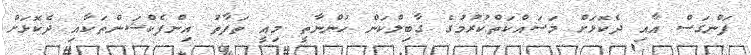
ފަންގަސް އާއި ދެކޮޅަށް މަސައްކަތްކުރުމުގެ ގާބިލްކަން ހުންނާތީ މިއީ ތަފާތު އިންފެކްޝަންތަކާއި ދެކޮޅަށް